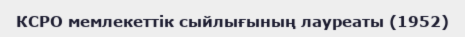
КСРО мемлекеттік сыйлығының лауреаты (1952)